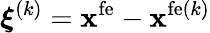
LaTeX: \boldsymbol\xi^{(k)}={\mathbf x}^{\mathrm{fe}}-{\mathbf x}^{\mathrm{fe}(k)}